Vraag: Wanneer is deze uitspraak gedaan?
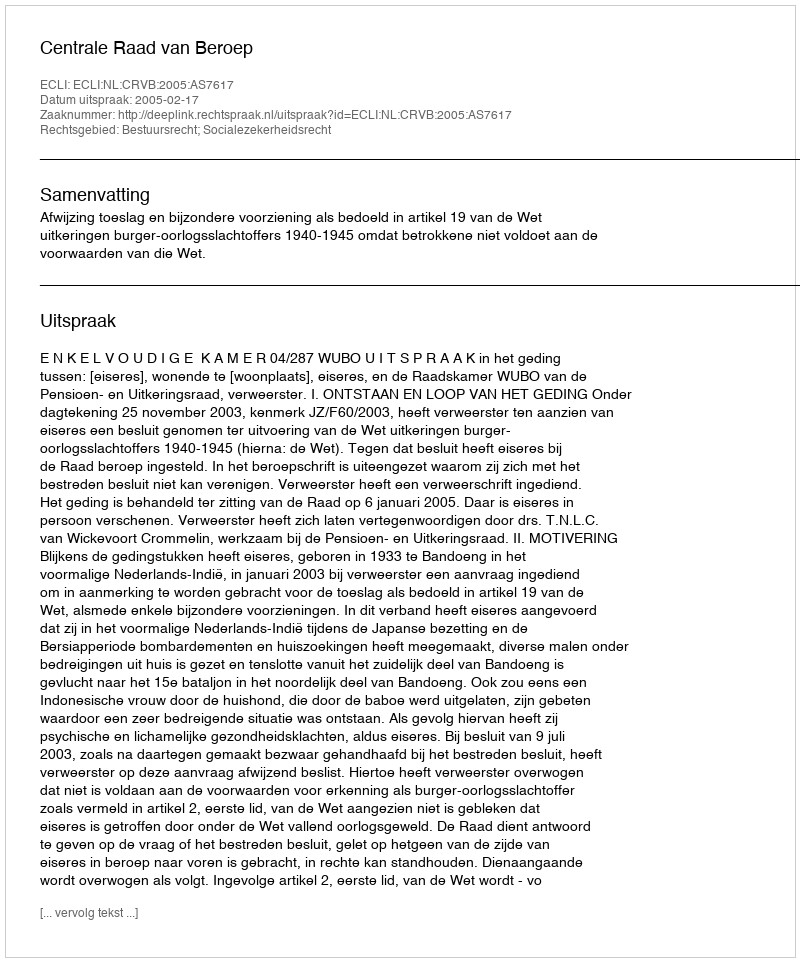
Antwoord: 2005-02-17